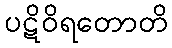
ပဋိဝိရတောတိ